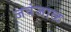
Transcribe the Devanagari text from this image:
जवंजाळ